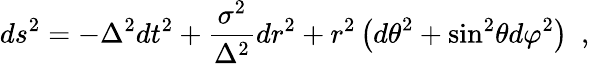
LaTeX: ds^{2}=-\Delta^{2}dt^{2}+\frac{\sigma^{2}}{\Delta^{2}}dr^{2}+r^{2}\left({d\theta}^{2}+{\sin}^{2}\theta{d\varphi}^{2}\right)~~,